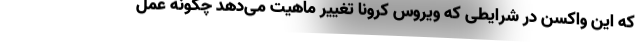
که این واکسن در شرایطی که ویروس کرونا تغییر ماهیت می‌دهد چگونه عمل